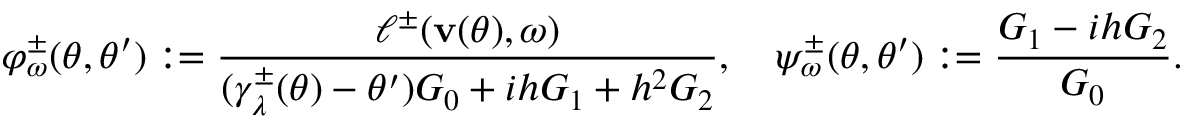
\varphi _ { \omega } ^ { \pm } ( \theta , \theta ^ { \prime } ) : = \frac { \ell ^ { \pm } ( \mathbf v ( \theta ) , \omega ) } { ( \gamma _ { \lambda } ^ { \pm } ( \theta ) - \theta ^ { \prime } ) G _ { 0 } + i h G _ { 1 } + h ^ { 2 } G _ { 2 } } , \quad \psi _ { \omega } ^ { \pm } ( \theta , \theta ^ { \prime } ) : = \frac { G _ { 1 } - i h G _ { 2 } } { G _ { 0 } } .